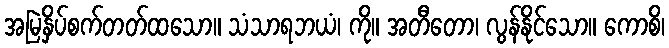
အမြဲနှိပ်စက်တတ်ထသော။ သံသာရဘယံ၊ ကို။ အတီတော၊ လွန်နိုင်သော။ ကောစိ၊